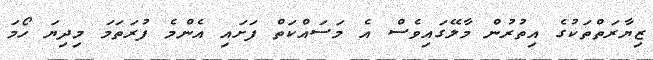
ޒިޔާރަތްތަކުގެ އިތުރުން މާލޭގައިވެސް އެ މަސައްކަތް ފަށައި އެންމެ ފުރަތަމަ މިދިޔަ ހޯމަ